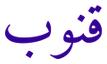
قنوب